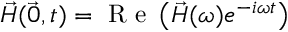
\vec { H } ( \vec { 0 } , t ) = \mathrm { ~ R ~ e ~ } \left( \vec { H } ( \omega ) e ^ { - i \omega t } \right)